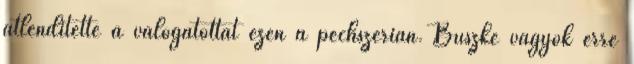
átlendítette a válogatottat ezen a pechszérián. Büszke vagyok erre